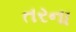
તરના